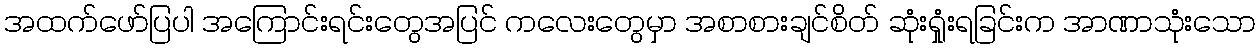
အထက်ဖော်ပြပါ အကြောင်းရင်းတွေအပြင် ကလေးတွေမှာ အစာစားချင်စိတ် ဆုံးရှုံးရခြင်းက အာဏာသုံးသော